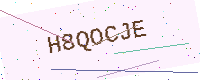
Text: H8QOCJE